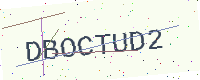
Text: DBOCTUD2